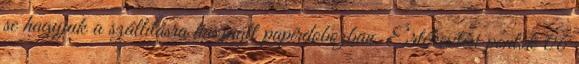
se hagyjuk a szállításra használt papírdobozban. Értékesítési pontok 06